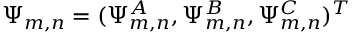
\Psi _ { m , n } = ( \Psi _ { m , n } ^ { A } , \Psi _ { m , n } ^ { B } , \Psi _ { m , n } ^ { C } ) ^ { T }